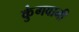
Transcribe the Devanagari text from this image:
कुंगवानी